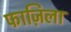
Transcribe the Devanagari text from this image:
फाज़िला